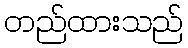
တည်ထားသည်